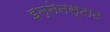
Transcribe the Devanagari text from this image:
इन्नेनस्टाट